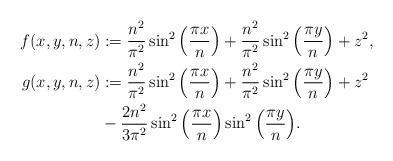
LaTeX: \begin{align*}f(x,y,n,z) &:=\frac{n^2}{\pi^2}\sin^2\Big(\frac{\pi x}{n}\Big)+\frac{n^2}{\pi^2}\sin^2\Big(\frac{\pi y}{n}\Big) + z^2, \\g(x,y,n,z) &:=\frac{n^2}{\pi^2}\sin^2\Big(\frac{\pi x}{n}\Big)+\frac{n^2}{\pi^2}\sin^2\Big(\frac{\pi y}{n}\Big) + z^2\\ &-\frac{2 n^2}{3\pi^2}\sin^2\Big(\frac{\pi x}{n}\Big)\sin^2\Big(\frac{\pi y}{n}\Big).\end{align*}